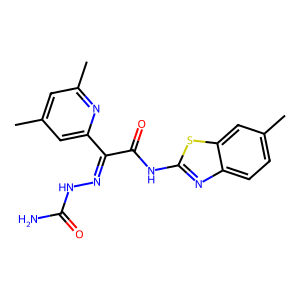
SMILES: Cc1cc(C)nc(C(=NNC(N)=O)C(=O)Nc2nc3ccc(C)cc3s2)c1
Inhibits HIV replication: No